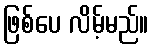
ဖြစ်ပေ လိမ့်မည်။